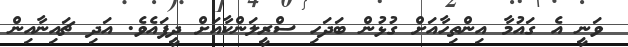
ވަނީ އެ ގައުމާ އިންތިހާއަށް ގުޅުން ބަދަހި ސްރީލަންކާއަށް ދީފައެވެ. އަދި ޗައިނާއިން